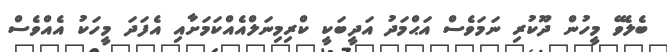
ބެލެވޭ މީހުން ދޫކުރި ނަމަވެސް އަޙްމަދު އަދީބަކީ ކްރިމިނަލްއެއްކަމަށާއި އެފަދަ މީހަކު އެއްވެސް